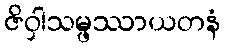
ဇိဝှါသမ္ဖဿာယတနံ